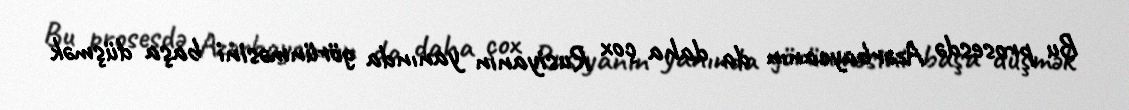
Bu prosesdə Azərbaycanın da daha çox Rusiyanın yanında görünməsini başa düşmək